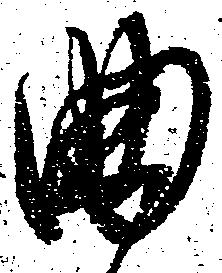
曲